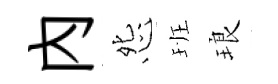
內怨班琅